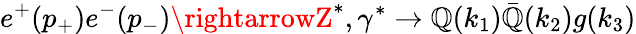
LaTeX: e^{+}(p_{+})e^{-}(p_{-})\rightarrowZ^{\ast},\gamma^{\ast}\rightarrow\mathbb{Q}(k_{1})\bar{{\mathbb{Q}}}(k_{2})g(k_{3})